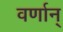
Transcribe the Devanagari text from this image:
वर्णान्